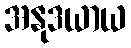
အနုဒယာယ